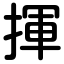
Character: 揮